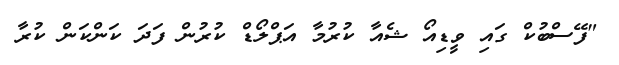
"ފޭސްބުކް ގައި ވީޑިއޯ ޝެއާ ކުރުމާ އަޕްލޯޑް ކުރުން ފަދަ ކަންކަން ކުރާ